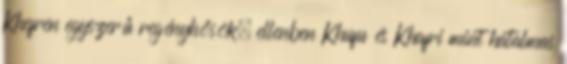
Khefren egyszerű regényhősök; ellenben Khufu és Khafri mint hatalmas